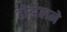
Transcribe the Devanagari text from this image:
डीझेलने